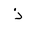
Letter: _thal